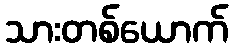
သားတစ်ယောက်